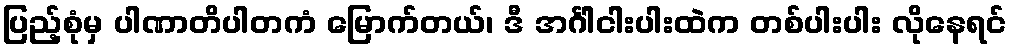
ပြည့်စုံမှ ပါဏာတိပါတကံ မြောက်တယ်၊ ဒီ အင်္ဂါငါးပါးထဲက တစ်ပါးပါး လိုနေရင်